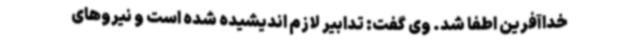
خداآفرین اطفا شد. وی گفت: تدابیر لازم اندیشیده شده است و نیروهای